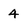
Character: 4